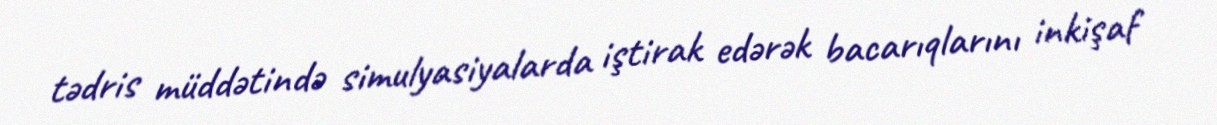
tədris müddətində simulyasiyalarda iştirak edərək bacarıqlarını inkişaf